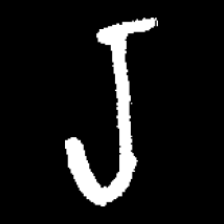
Pyu character \u2014 Myanmar letter: ရ (romanized: ra)